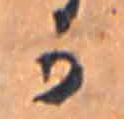
か